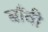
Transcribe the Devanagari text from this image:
बाँवी